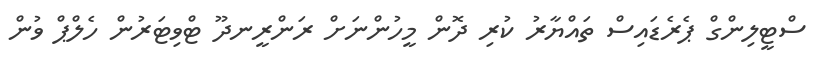
ސްޓީލިންގް ޕެރެޑައިސް ތައްޔާރު ކުރި ދޮން މީހުންނަށް ރަންރީނދޫ ޓްވިޓަރުން ހެލްޕް ވުން